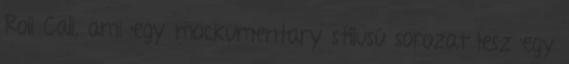
Roll Call, ami egy mockumentary stílusú sorozat lesz egy